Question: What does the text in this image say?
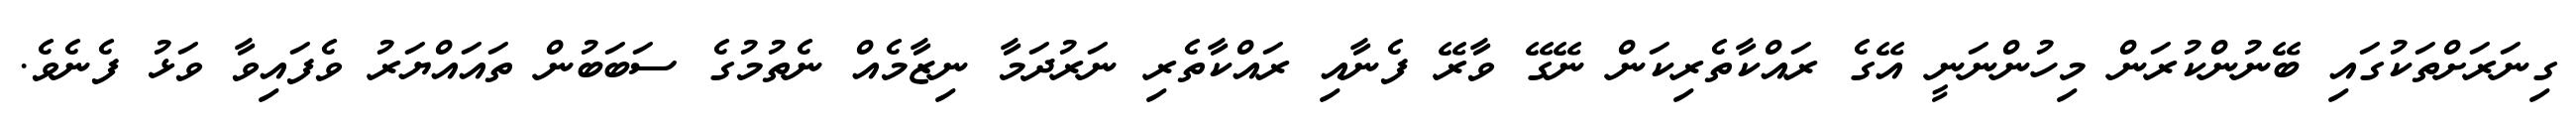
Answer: ގިނަރަށްތަކުގައި ބޭނުންކުރަން މިހުންނަނީ އޭގެ ރައްކާތެރިކަން ނޭގޭ ވާރޭ ފެނާއި ރައްކާތެރި ނަރުދަމާ ނިޒާމެއް ނެތުމުގެ ސަބަބުން ތައައްޔަރު ވެފައިވާ ވަޅު ފެނެވެ.